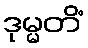
ဒုမ္မတိံ